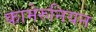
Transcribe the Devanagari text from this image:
कामेरुनियन